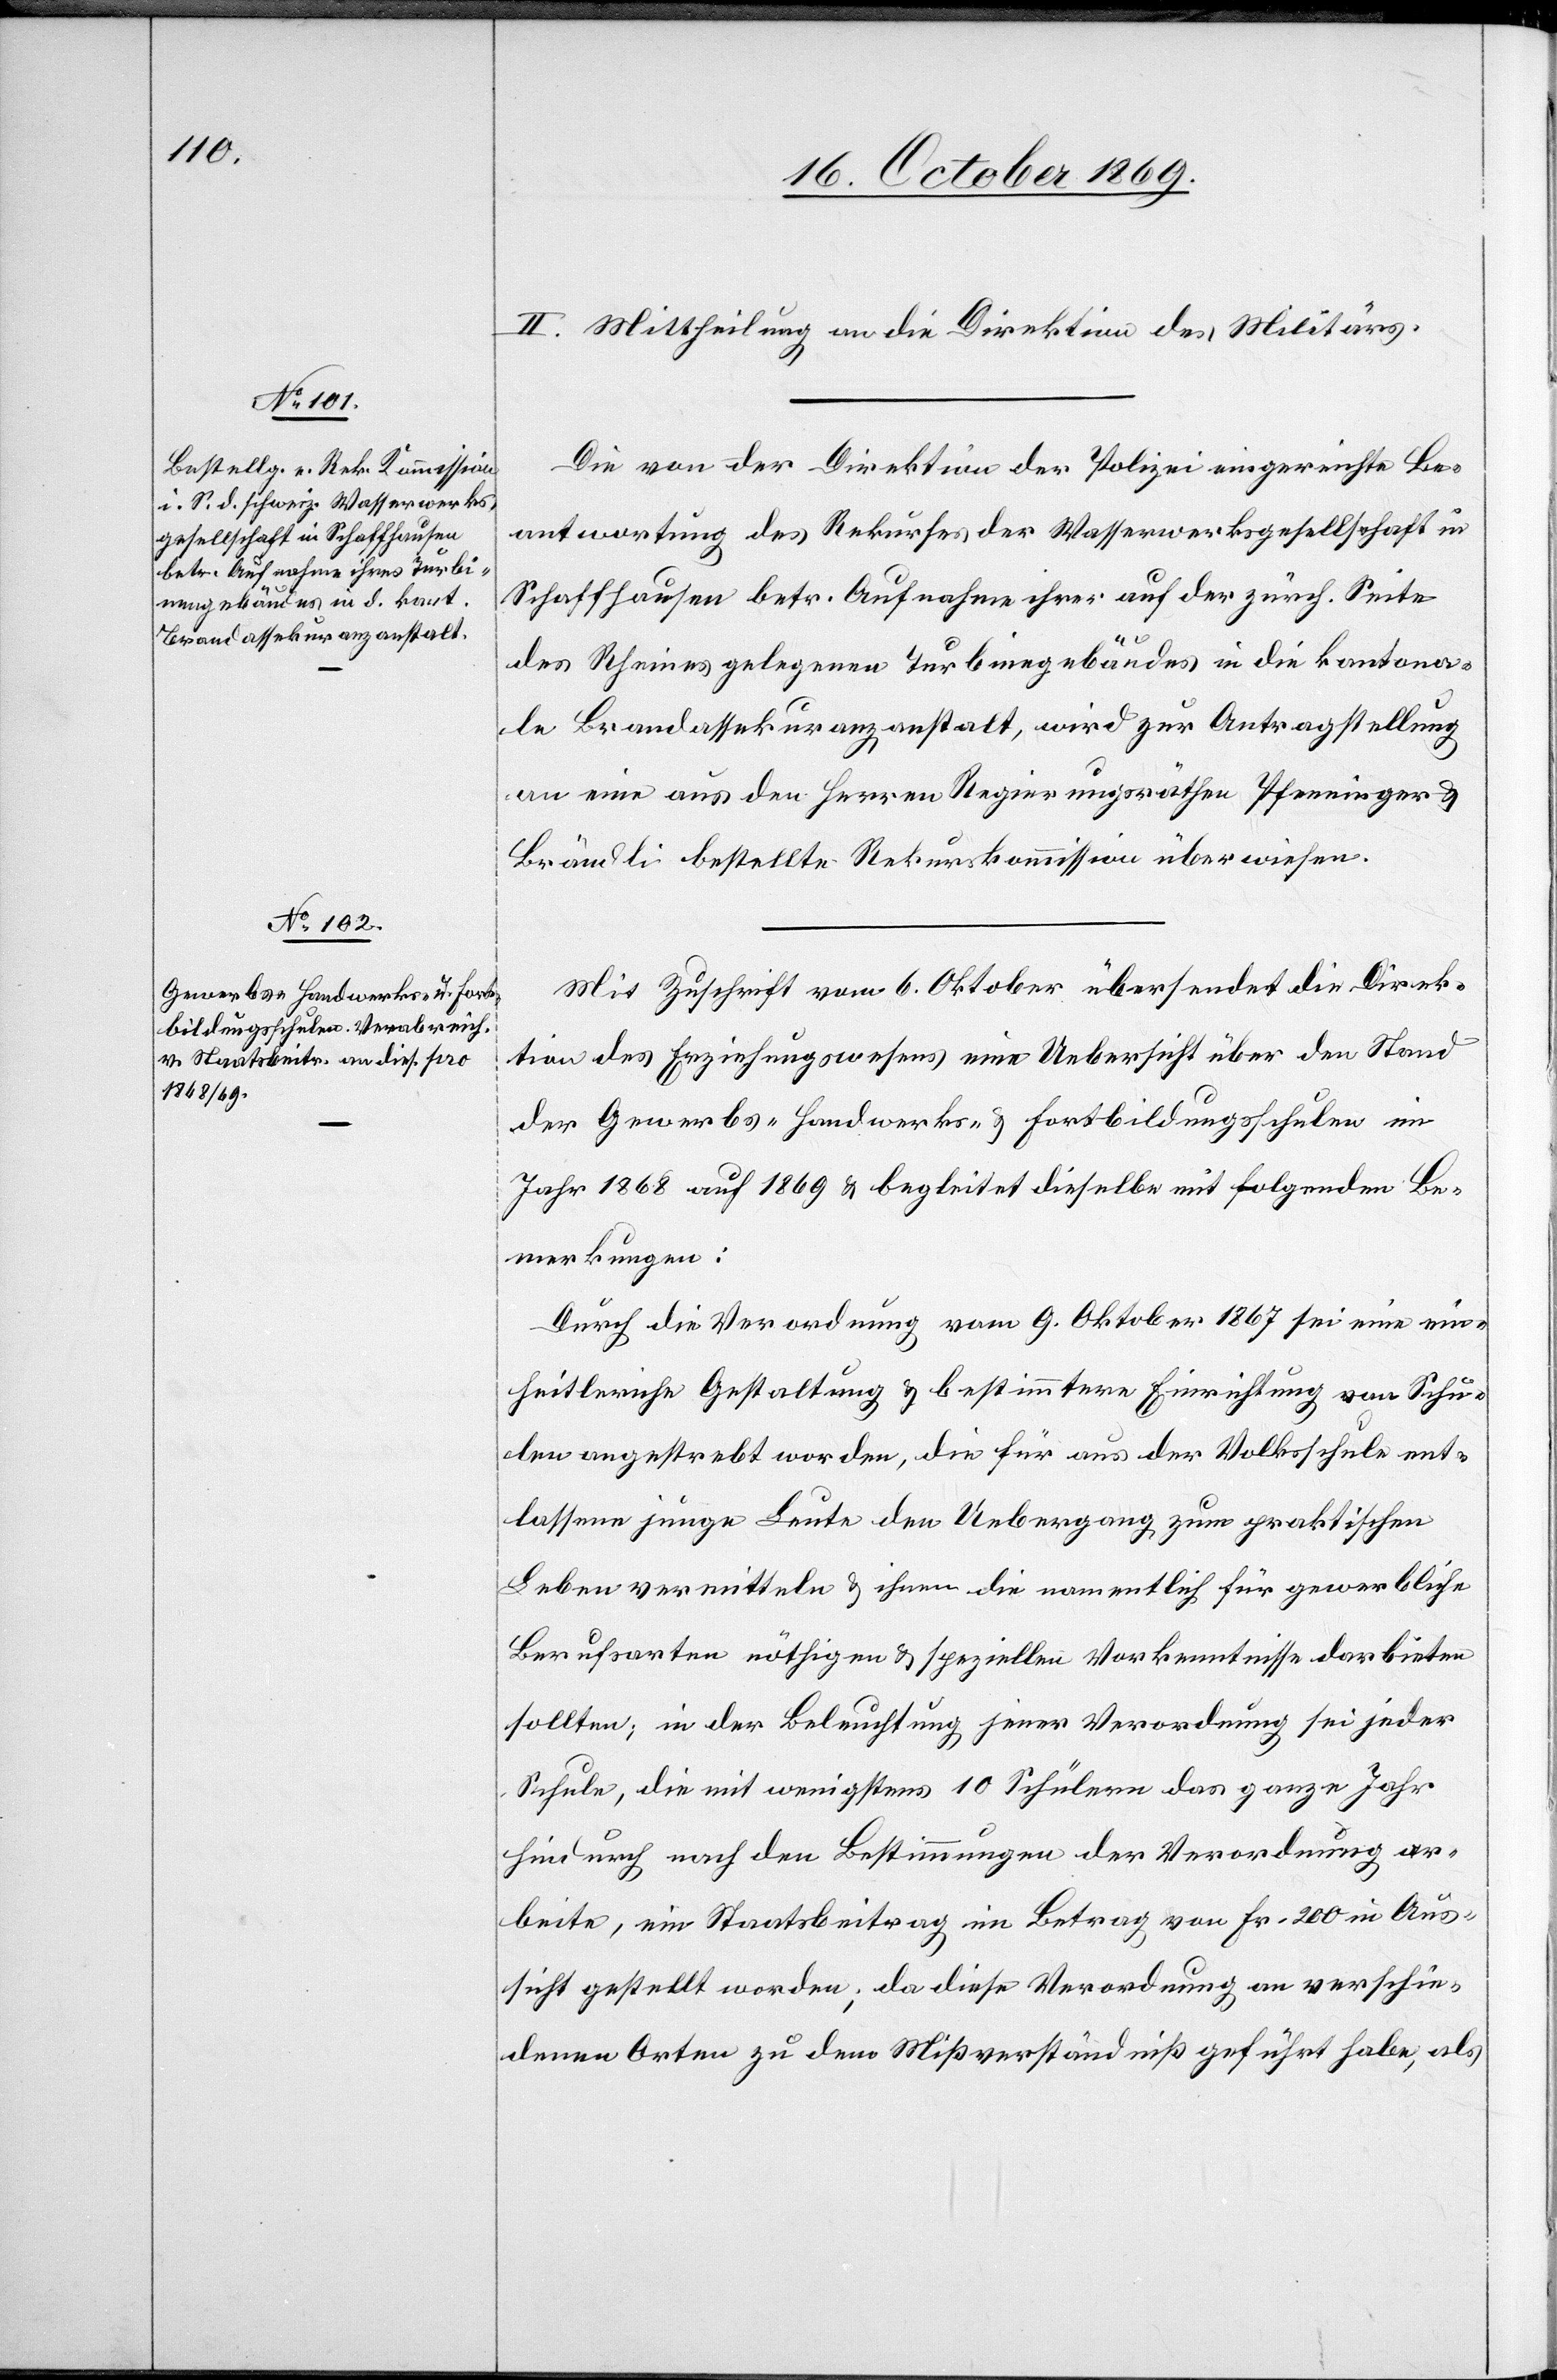
Seite
betr. Aufnahme ihrer [recte:

II. Mittheilung an die Direktion des Militärs.
Die von der Direktion der Polizei eingereichte Be¬
antwortung des Rekurses der Wasserwerksgesellschaft in
des Rheines gelegenen Turbinegebäudes in die kantona¬
le Brandassekuranzanstalt, wird zur Antragstellung
an eine aus den Herren Regierungsräthen Pfenninger &
Brändli bestellte Rekurskommission überwiesen.
Mit Zuschrift vom 6. Oktober übersendet die Direk¬
tion des Erziehungswesens eine Uebersicht über den Stand
der Gewerbs-[,] Handwerks- & Fortbildungsschulen im
Jahr 1868 auf 1869 & begleitet dieselbe mit folgenden Be¬
merkungen:
Durch die Verordnung vom 9. Oktober 1867 sei eine ein¬
heitleriche Gestaltung & bestimmtere Einrichtung von Schu¬
len angestrebt worden, die für aus der Volksschule ent¬
lassene junge Leute den Uebergang zum praktischen
Leben vermitteln & ihnen die namentlich für gewerbliche
Berufsarten nöthigen & speziellen Vorkenntnisse darbieten
sollten; in der Beleuchtung jener Verordnung sei jeder
Schule, die mit wenigstens 10 Schülern das ganze Jahr
hindurch nach den Bestimmungen der Verordnung ar¬
beite, ein Staatsbeitrag im Betrag von Fr. 200 in Aus¬
sicht gestellt worden; da diese Verordnung an verschie¬
denen Orten zu dem Mißverständniß geführt habe, als